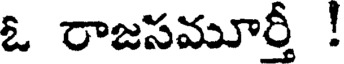
ఓ రాజసమూర్తీ !